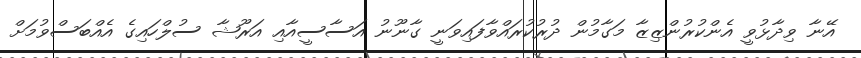
އޭނާ ވިދާޅުވީ އެންކުރުންޒިޒާ މަގާމުން ދުރުކުރައްވާފައިވަނީ ގާނޫނު އަސާސީއާއި އަރޫޝާ ސުލްހައިގެ އެއްބަސްވުމަށް